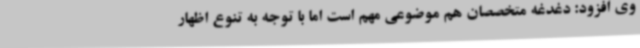
وی افزود: دغدغه متخصصان هم موضوعی مهم است اما با توجه به تنوع اظهار